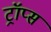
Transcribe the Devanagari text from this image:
ट्रॉप्स